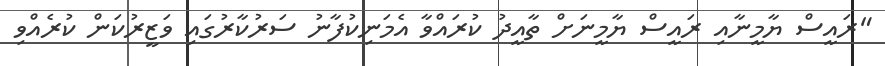
"ރައީސް ޔާމީނާއި ރައީސް ޔާމީނަށް ތާއީދު ކުރައްވާ އެމަނިކުފާނު ސަރުކާރުގައި ވަޒީރުކަން ކުރެއްވި